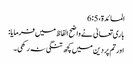
المائدة، 5: 6
باری تعالیٰ نے واضح الفاظ میں فرمایا:
اور تم پر دین میں کچھ تنگی نہ رکھی۔